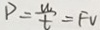
P = \frac { w } { t } = F V